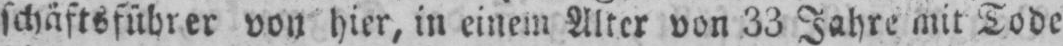
schäftsführer von hier, in einem Aller von 33 Jahre mit Tode